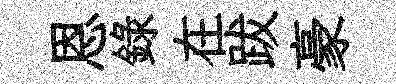
恩錄在跋豪